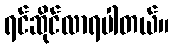
ရင်ဆိုင်လာရပါတယ်။